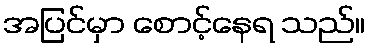
အပြင်မှာ စောင့်နေရ သည်။